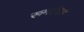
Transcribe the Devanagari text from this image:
रूमटॉइड